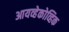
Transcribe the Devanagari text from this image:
आयव्हेकोव्हिक